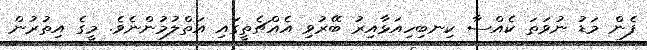
ފެން މަޑު ނުވަތަ ކެއްސާ ކިނބިހިއަޅާއިރު ބޭރުވި އެއްޗެތީގައި އަތްލުމުންނެވެ. މީގެ އިތުރުން